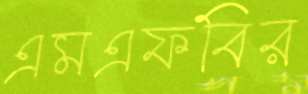
এমএফবির